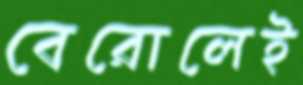
বেরোলেই